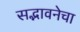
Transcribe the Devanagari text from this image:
सद्भावनेचा